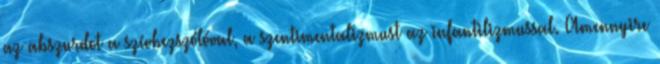
az abszurdot a szívhezszólóval, a szentimentalizmust az infantilizmussal. Amennyire